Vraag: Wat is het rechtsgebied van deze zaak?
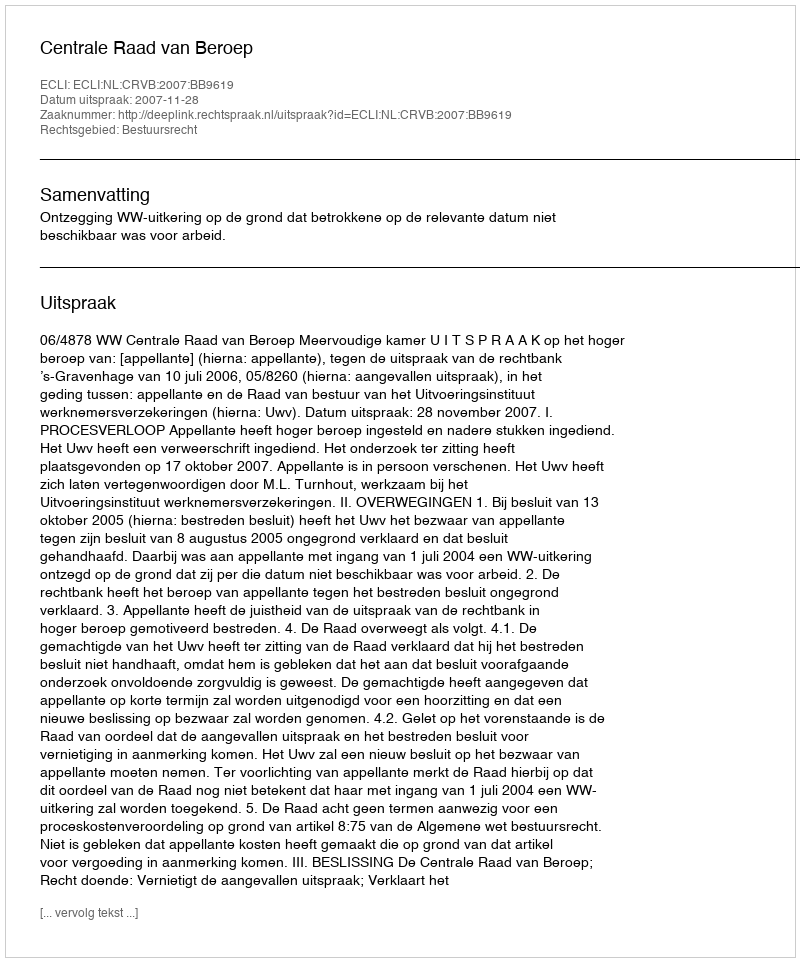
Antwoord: Bestuursrecht